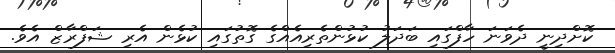
ކޮށްދިނީ ދެވަނަ ހާފްގައި ބަދަލު ކުޅުންތެރިއެއްގެ ގޮތުގައި ކުޅެން އެރި ޝަފްރާޒް އެވެ.